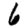
Digit: 6